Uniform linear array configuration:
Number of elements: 16
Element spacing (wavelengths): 0.5
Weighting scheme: binomial
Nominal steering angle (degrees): -15
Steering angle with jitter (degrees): -15.596
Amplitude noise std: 0.05
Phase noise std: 0.05

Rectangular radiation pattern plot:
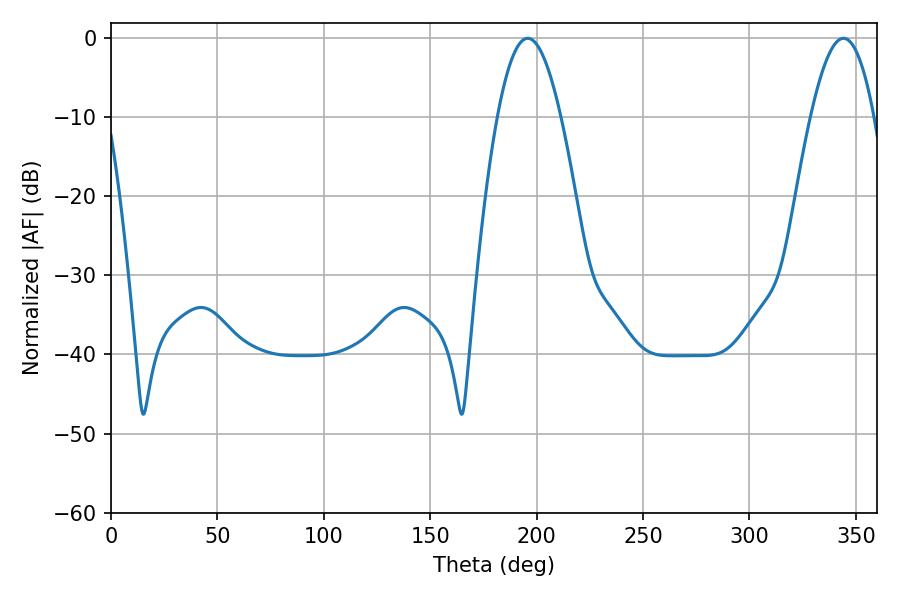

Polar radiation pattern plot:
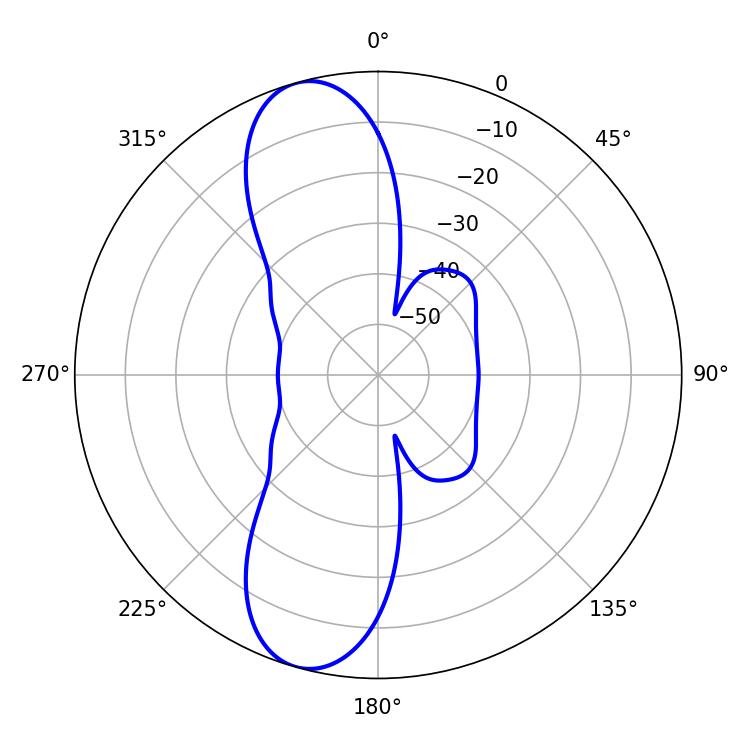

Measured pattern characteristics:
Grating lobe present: FALSE
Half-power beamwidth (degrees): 16.2
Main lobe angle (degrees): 195.84